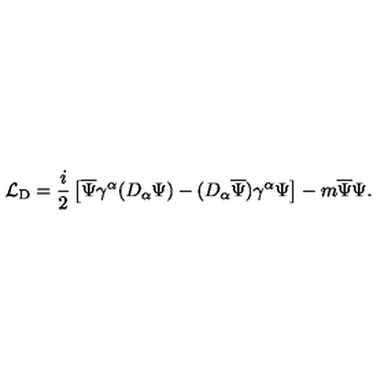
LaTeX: { \mathcal L } _ { \mathrm { D } } = \frac { i } { 2 } \left[ \overline { { \Psi } } \gamma ^ { \alpha } ( D _ { \alpha } \Psi ) - ( D _ { \alpha } \overline { { \Psi } } ) \gamma ^ { \alpha } \Psi \right] - m \overline { { \Psi } } \Psi .